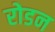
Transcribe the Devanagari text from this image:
रोडन